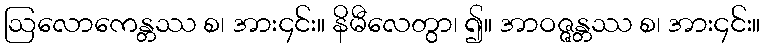
ဩလောကေန္တဿ စ၊ အား၄င်း။ နိမီလေတွာ၊ ၍။ အာဝဇ္ဇန္တဿ စ၊ အား၄င်း။